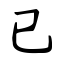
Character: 已